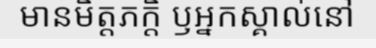
មានមិត្តភក្តិ ឫអ្នកស្គាល់នៅ